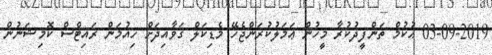
03-09-2019 ޙުކުމް ތަންފީޛުކުރާ މީހުން ޢަމަލުކުރަންޖެހޭ މެޑިކަލް ގަވާއިދަށް ހިއުމަން ރައިޓްސް ކޮމިޝަނުން